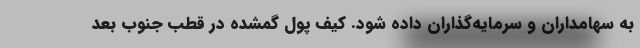
به سهامداران و سرمایه‌گذاران داده شود. کیف پول گمشده در قطب جنوب بعد